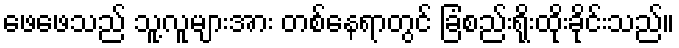
ဖေဖေသည် သူ့လူများအား တစ်နေရာတွင် ခြံစည်းရိုးထိုးခိုင်းသည်။